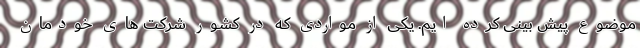
موضوع پیش بینی کرده ایم. یکی از مواردی که در کشور شرکت های خودمان